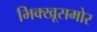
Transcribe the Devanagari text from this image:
भिक्खूसमोर